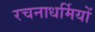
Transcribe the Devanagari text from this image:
रचनाधर्मियों